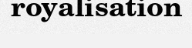
royalisation